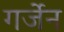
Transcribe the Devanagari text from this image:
गर्जेन